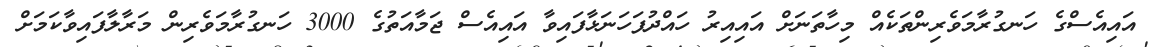
އައިއެސްގެ ހަނގުރާމަވެރިންތަކެއް މިހާތަނަށް އައިއިރު ހައްދުފަހަނަޅާފައިވާ އައިއެސް ޖަމާއަތުގެ 3000 ހަނގުރާމަވެރިން މަރާލާފައިވާކަމަށް